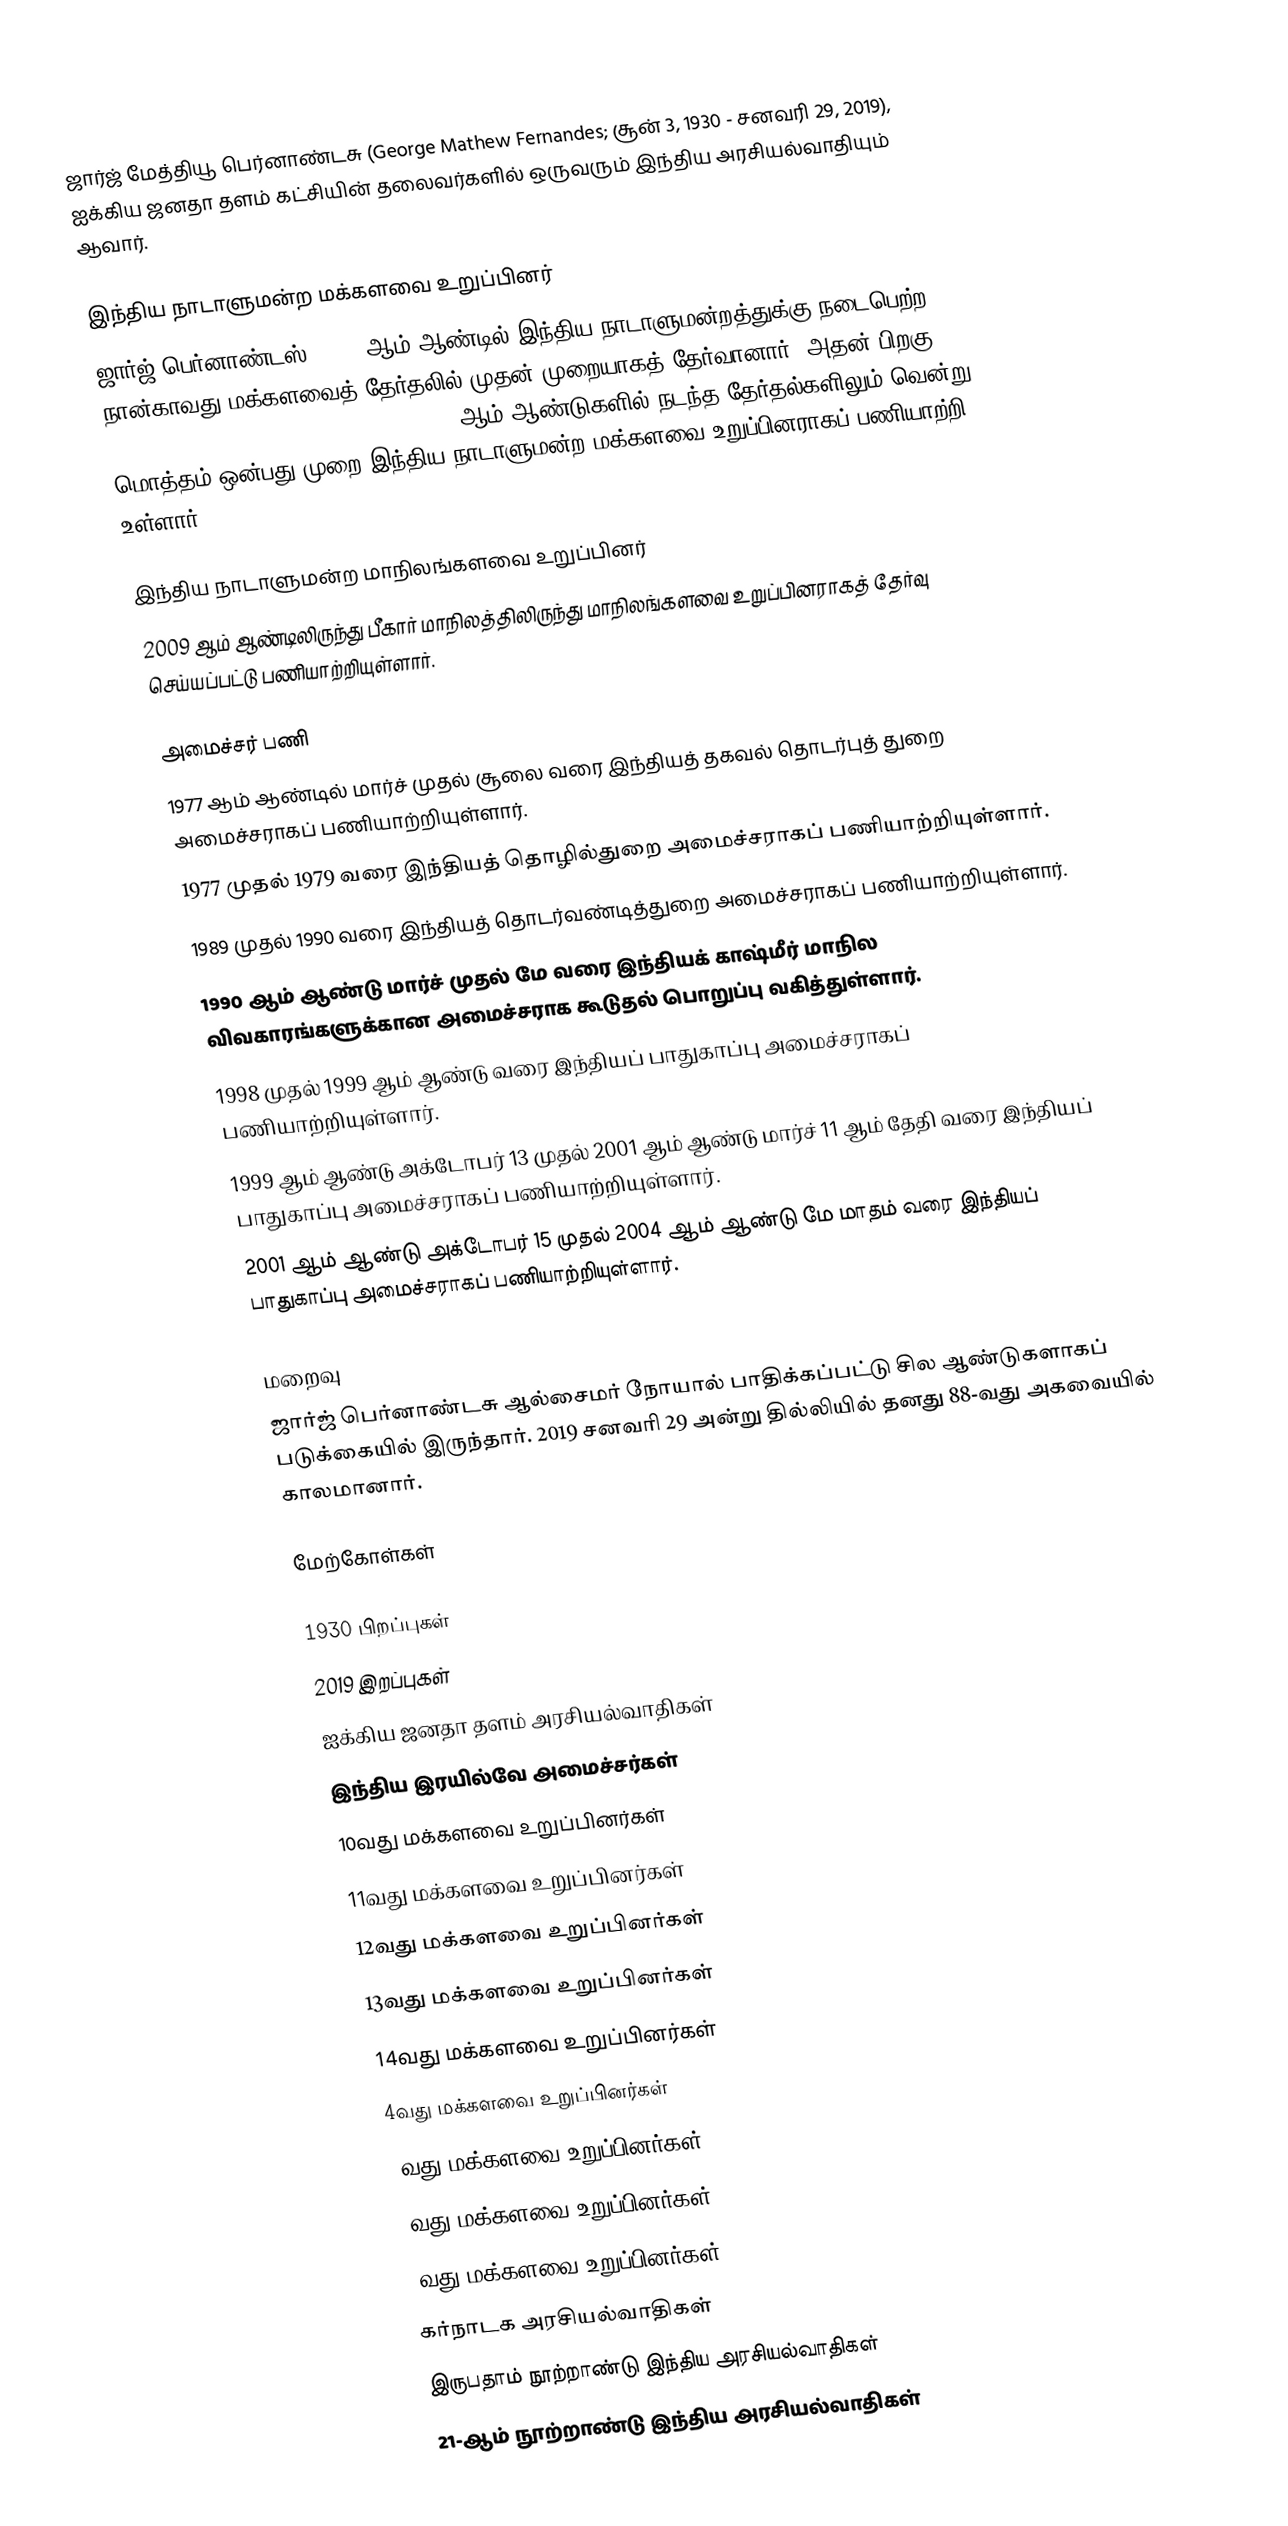
ஜார்ஜ் மேத்தியூ பெர்னாண்டசு (George Mathew Fernandes; சூன் 3, 1930 - சனவரி 29, 2019), ஐக்கிய ஜனதா தளம் கட்சியின் தலைவர்களில் ஒருவரும் இந்திய அரசியல்வாதியும் ஆவார்.

இந்திய நாடாளுமன்ற மக்களவை உறுப்பினர்
ஜார்ஜ் பெர்னாண்டஸ், 1967 ஆம் ஆண்டில் இந்திய நாடாளுமன்றத்துக்கு நடைபெற்ற நான்காவது மக்களவைத் தேர்தலில் முதன் முறையாகத் தேர்வானார்.  அதன் பிறகு, 1977, 1980, 1989, 1991, 1996, 1998, 1999, 2004 ஆம் ஆண்டுகளில் நடந்த தேர்தல்களிலும் வென்று மொத்தம் ஒன்பது முறை இந்திய நாடாளுமன்ற மக்களவை  உறுப்பினராகப் பணியாற்றி உள்ளார்.

இந்திய நாடாளுமன்ற மாநிலங்களவை உறுப்பினர்
 2009 ஆம் ஆண்டிலிருந்து பீகார் மாநிலத்திலிருந்து மாநிலங்களவை உறுப்பினராகத் தேர்வு செய்யப்பட்டு பணியாற்றியுள்ளார்.

அமைச்சர் பணி
 1977 ஆம் ஆண்டில் மார்ச் முதல் சூலை வரை இந்தியத் தகவல் தொடர்புத் துறை அமைச்சராகப் பணியாற்றியுள்ளார்.
 1977 முதல் 1979 வரை இந்தியத் தொழில்துறை அமைச்சராகப் பணியாற்றியுள்ளார்.
 1989 முதல் 1990 வரை இந்தியத் தொடர்வண்டித்துறை அமைச்சராகப் பணியாற்றியுள்ளார்.
 1990 ஆம் ஆண்டு மார்ச் முதல் மே வரை இந்தியக் காஷ்மீர் மாநில விவகாரங்களுக்கான அமைச்சராக கூடுதல் பொறுப்பு வகித்துள்ளார்.
 1998 முதல் 1999 ஆம் ஆண்டு வரை இந்தியப் பாதுகாப்பு அமைச்சராகப் பணியாற்றியுள்ளார்.
 1999 ஆம் ஆண்டு அக்டோபர் 13 முதல் 2001 ஆம் ஆண்டு மார்ச் 11 ஆம் தேதி வரை இந்தியப் பாதுகாப்பு அமைச்சராகப் பணியாற்றியுள்ளார்.
 2001 ஆம் ஆண்டு அக்டோபர் 15 முதல் 2004 ஆம் ஆண்டு மே மாதம் வரை இந்தியப் பாதுகாப்பு அமைச்சராகப் பணியாற்றியுள்ளார்.

மறைவு
ஜார்ஜ் பெர்னாண்டசு ஆல்சைமர் நோயால் பாதிக்கப்பட்டு சில ஆண்டுகளாகப் படுக்கையில் இருந்தார். 2019 சனவரி 29 அன்று தில்லியில் தனது 88-வது அகவையில் காலமானார்.

மேற்கோள்கள்

1930 பிறப்புகள்
2019 இறப்புகள்
ஐக்கிய ஜனதா தளம் அரசியல்வாதிகள்
இந்திய இரயில்வே அமைச்சர்கள்
10வது மக்களவை உறுப்பினர்கள்
11வது மக்களவை உறுப்பினர்கள்
12வது மக்களவை உறுப்பினர்கள்
13வது மக்களவை உறுப்பினர்கள்
14வது மக்களவை உறுப்பினர்கள்
4வது மக்களவை உறுப்பினர்கள்
6வது மக்களவை உறுப்பினர்கள்
7வது மக்களவை உறுப்பினர்கள்
9வது மக்களவை உறுப்பினர்கள்
கர்நாடக அரசியல்வாதிகள்
இருபதாம் நூற்றாண்டு இந்திய அரசியல்வாதிகள்
21-ஆம் நூற்றாண்டு இந்திய அரசியல்வாதிகள்